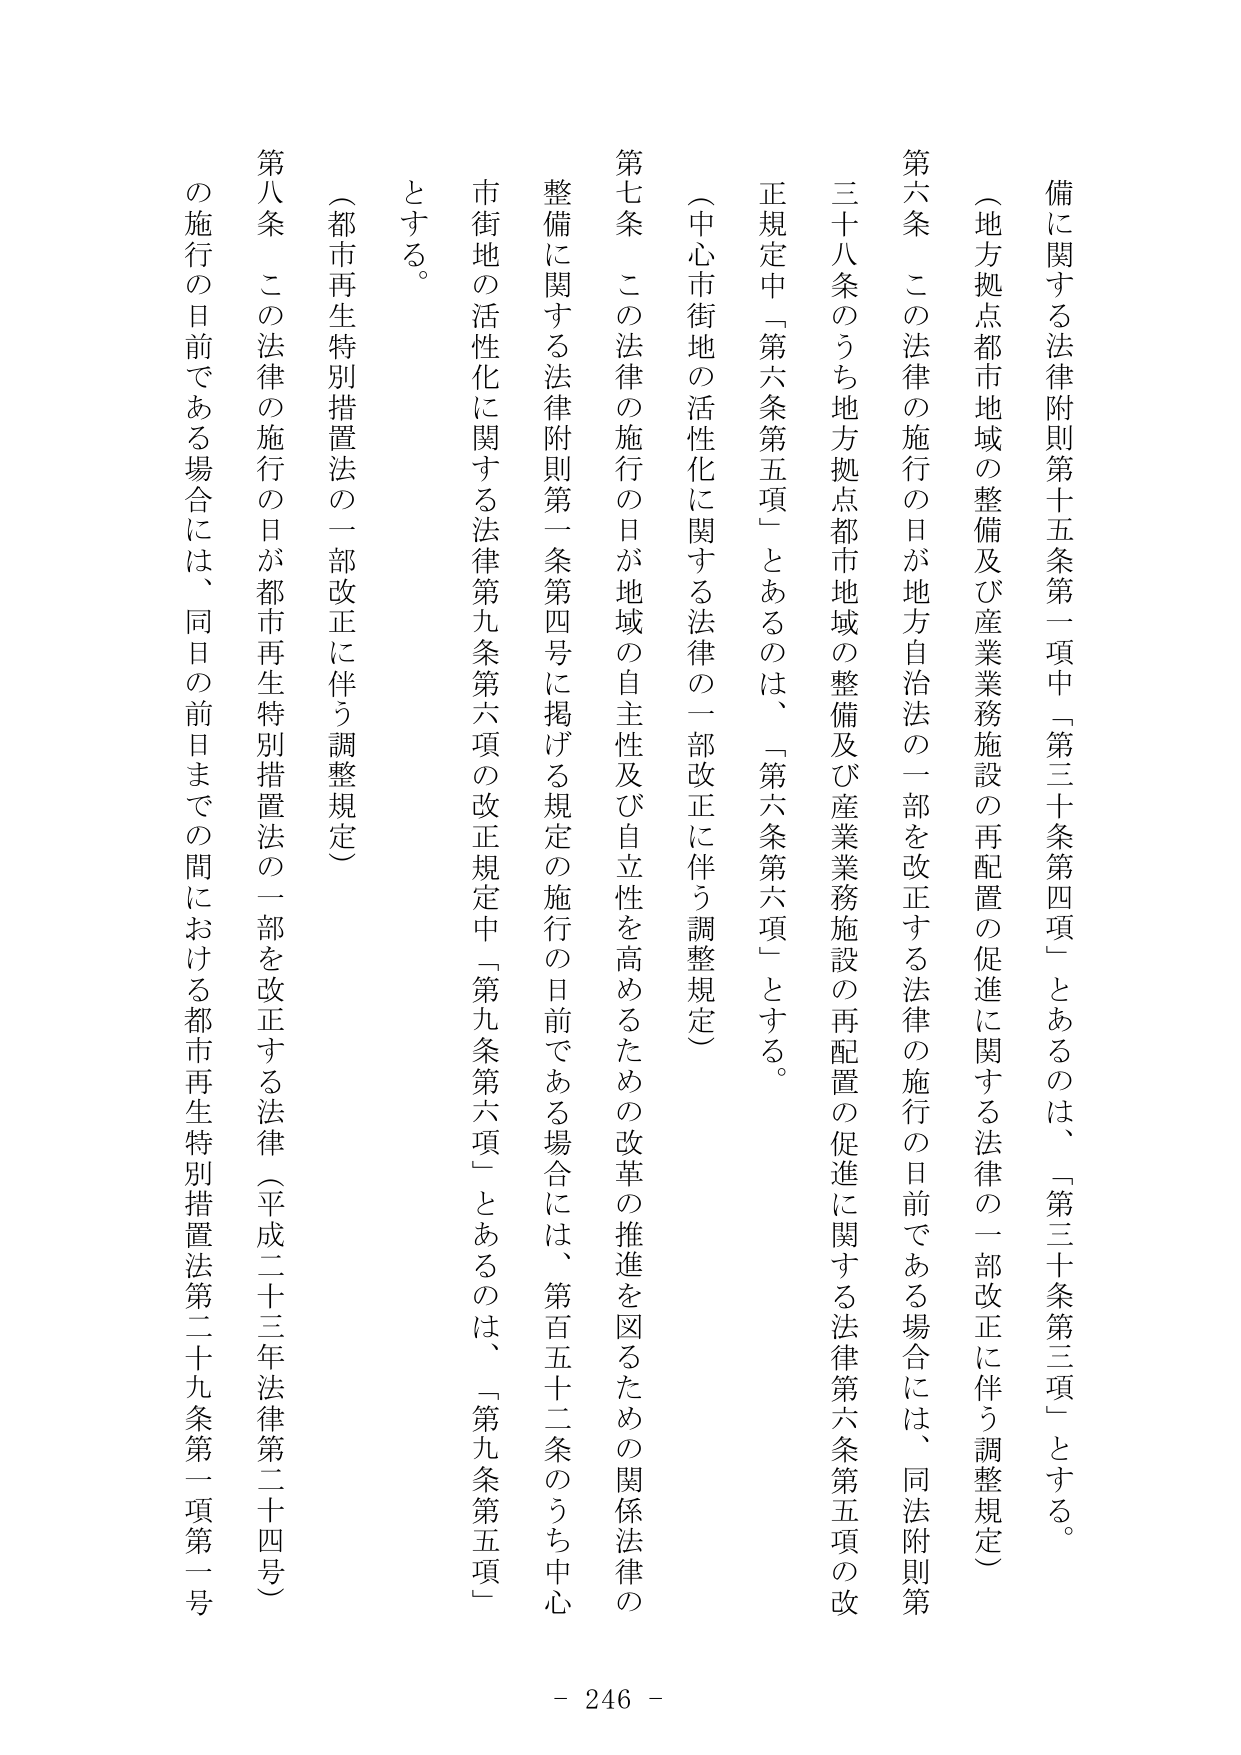
備に関する法律附則第十五条第一項中「第三十条第四項」とあるのは、「第三十条第三項」とする。

（地方拠点都市地域の整備及び産業業務施設の再配置の促進に関する法律の一部改正に伴う調整規定）

第六条 この法律の施行の日が地方自治法の一部を改正する法律の施行の日前である場合には、同法附則第三十八条のうち地方拠点都市地域の整備及び産業業務施設の再配置の促進に関する法律第六条第五項の改正規定中「第六条第五項」とあるのは、「第六条第六項」とする。

（中心市街地の活性化に関する法律の一部改正に伴う調整規定）

第七条 この法律の施行の日が地域の自主性及び自立性を高めるための改革の推進を図るための関係法律の整備に関する法律附則第一条第四号に掲げる規定の施行の日前である場合には、第百五十二条のうち中心市街地の活性化に関する法律第九条第六項の改正規定中「第九条第六項」とあるのは、「第九条第五項」とする。

（都市再生特別措置法の一部改正に伴う調整規定）

第八条 この法律の施行の日が都市再生特別措置法の一部を改正する法律（平成二十三年法律第二十四号）の施行の日前である場合には、同日の前日までの間における都市再生特別措置法第二十九条第一項第一号

- 246 -